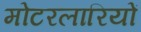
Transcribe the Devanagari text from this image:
मोटरलारियों